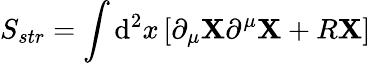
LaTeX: S_{str}=\int\mathrm{d}^{2}x\left[\partial_{\mu}\mathbf{X}\partial^{\mu}\mathbf{X}+R\mathbf{X}\right]